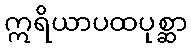
ဣရိယာပထပုစ္ဆာ